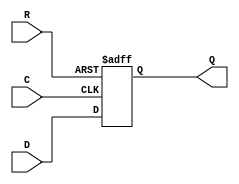
module _DFF_PP0_(D, Q, C, R);
input D, C, R;
output reg Q;
always @(posedge C or posedge R) begin
	if (R == 1)
		Q <= 0;
	else
		Q <= D;
end
endmodule